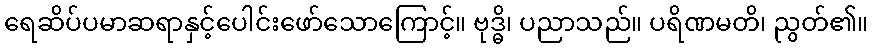
ရေဆိပ်ပမာဆရာနှင့်ပေါင်းဖော်သောကြောင့်။ ဗုဒ္ဓိ၊ ပညာသည်။ ပရိဏမတိ၊ ညွတ်၏။